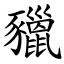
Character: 䝓